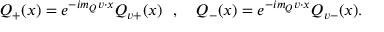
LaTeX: Q _ { + } ( x ) = e ^ { - i m _ { Q } v \cdot x } { \cal Q } _ { v + } ( x ) ~ ~ , ~ ~ ~ Q _ { - } ( x ) = e ^ { - i m _ { Q } v \cdot x } { \cal Q } _ { v - } ( x ) .